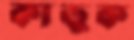
কাড়ুক